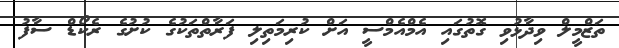
ތަޒްމީލް ވިދާޅުވި ގޮތުގައި އެމްއެމްސީ އަށް ކުރިމަތިލި ފަރާތްތަކުގެ ކުށުގެ ރެކޯޑް ސާފު